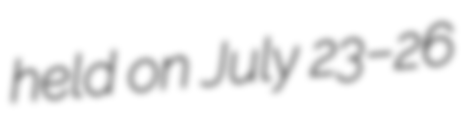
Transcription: held on July 23–26